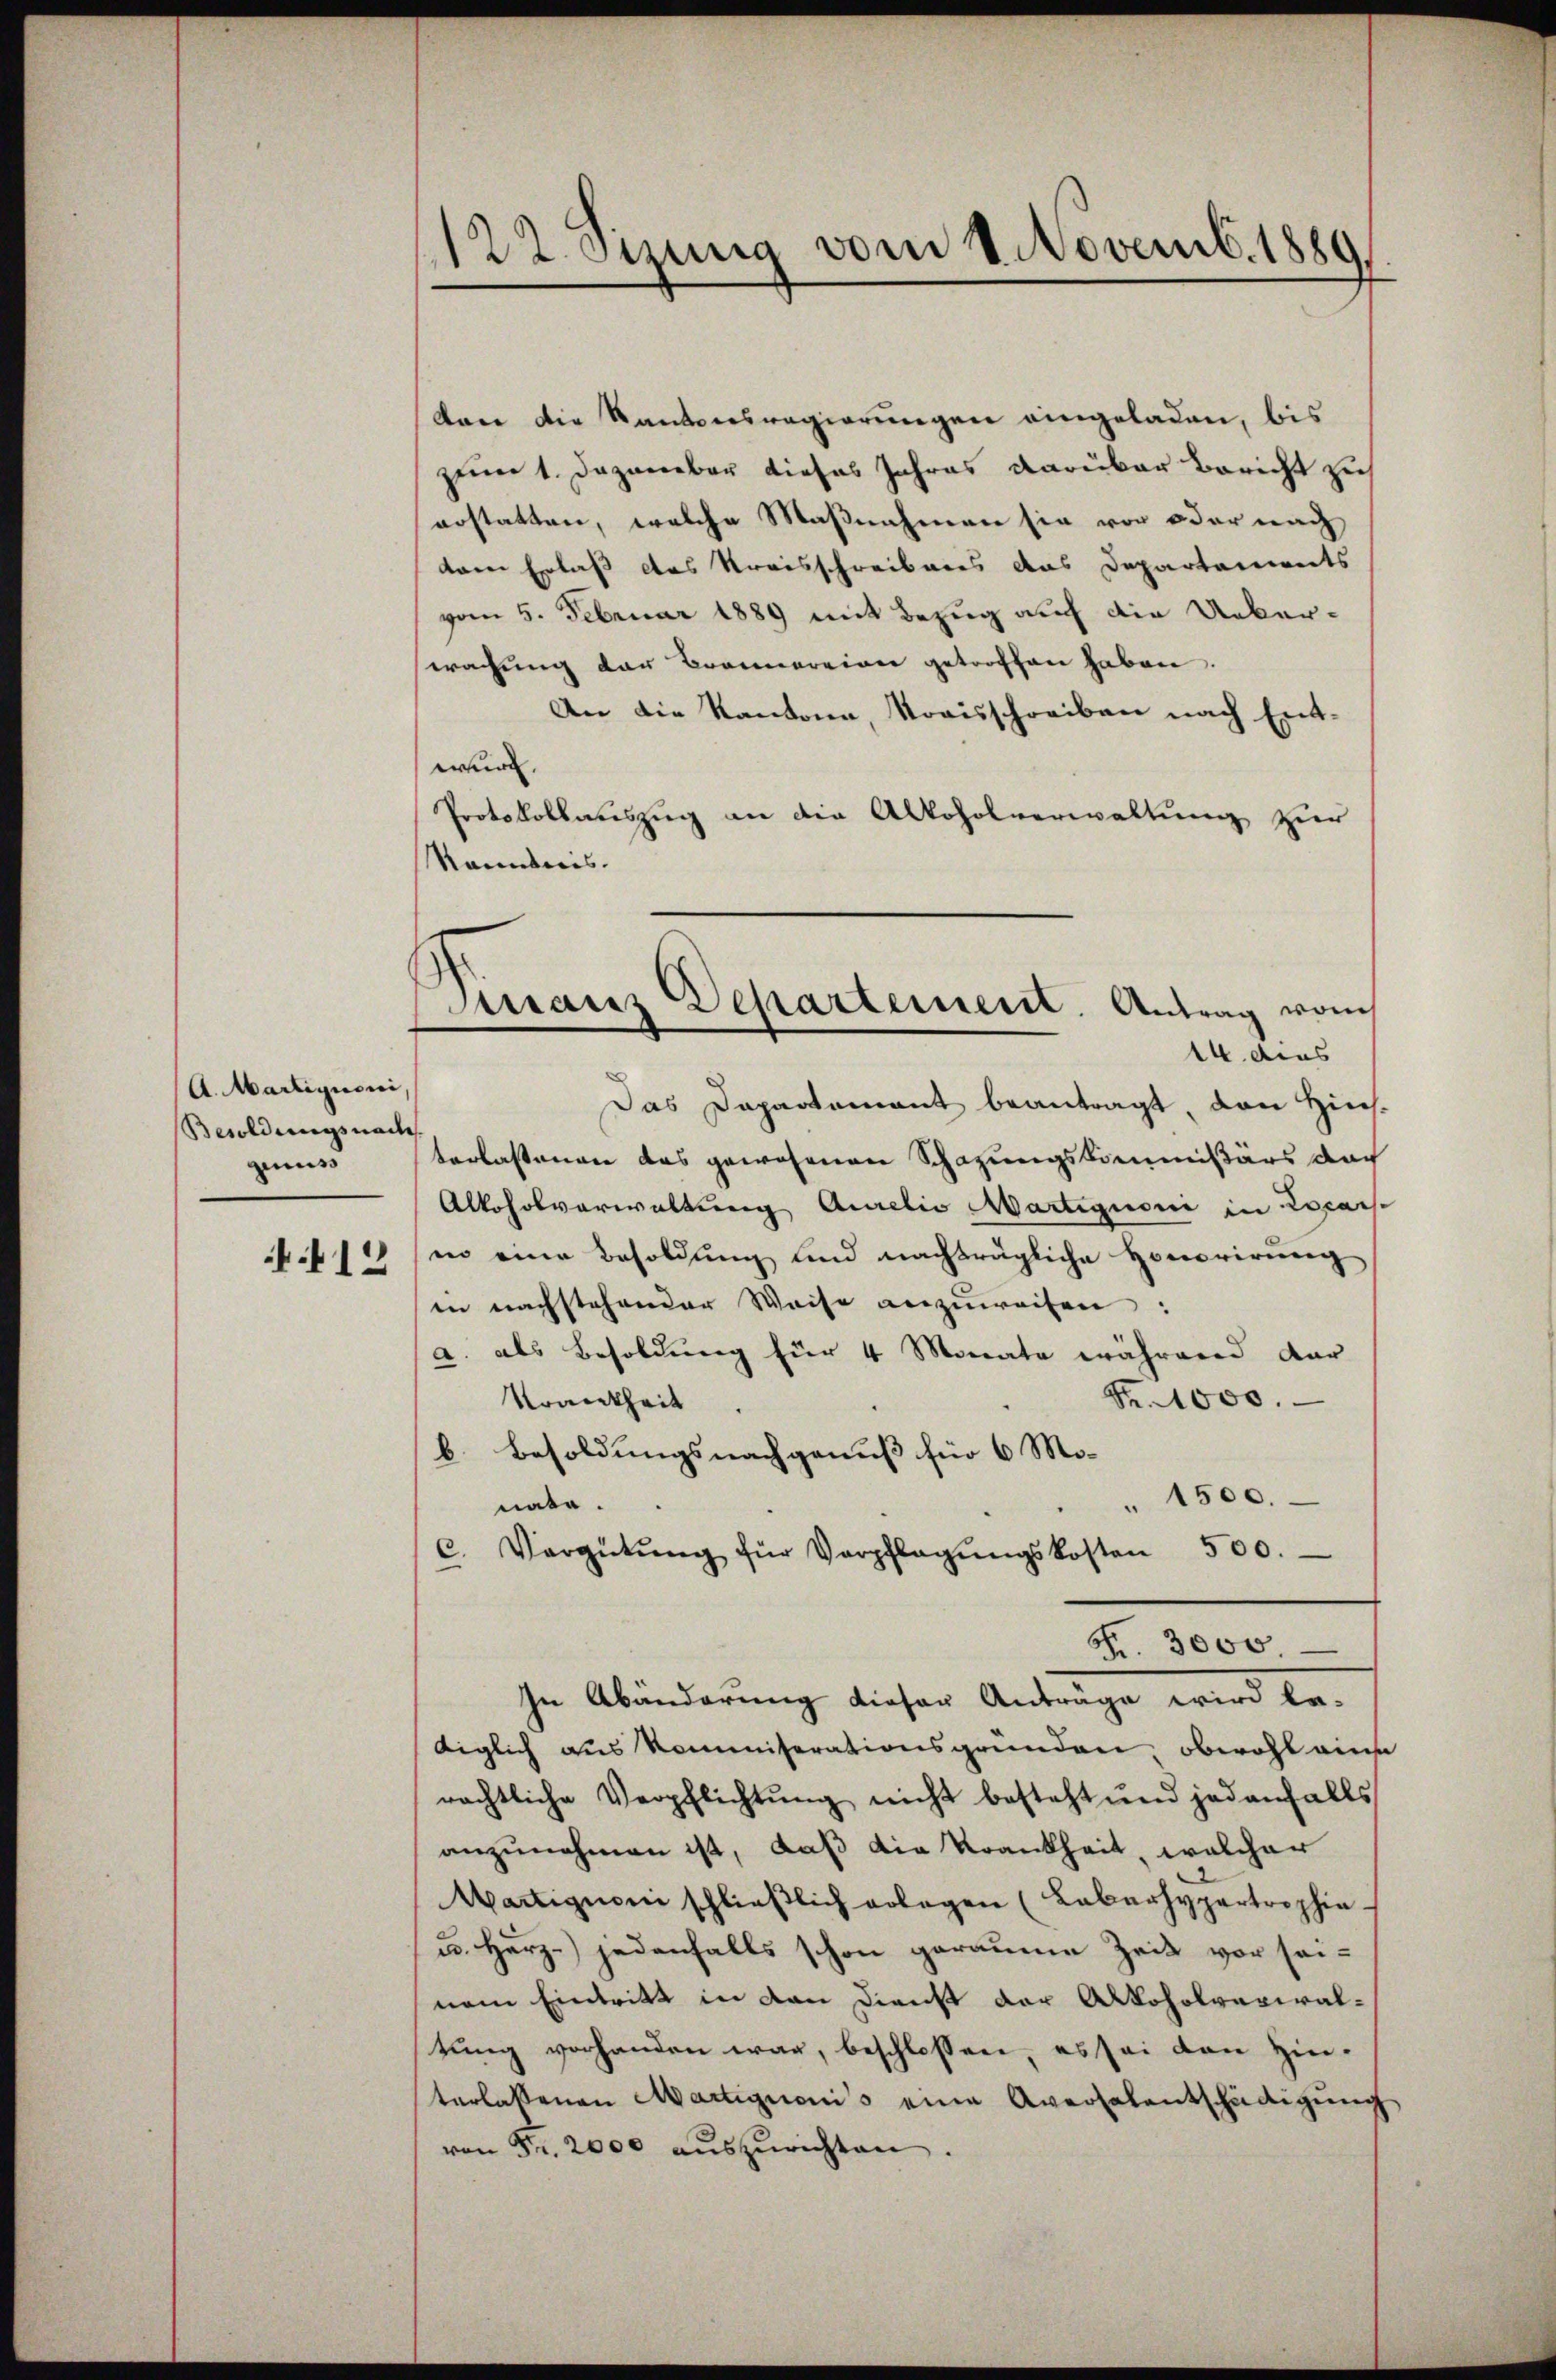
A. Martignoni
Besoldungsnach
giss
412

122. Stung vom 1. Novemb. 1889.

kan die Kantonsregierungen eingeladen, bis
zum 1. Dezember dieses Jahres darüber Bericht zu
erstatten, welche Maßnahmen sie vor oder nach
kann Erlaß das Kreisschreibares das Departements
vom 5. Februar 1889 mit Bezug auf die Ueberwahung der Bronnereien getroffen haben.
An die Kantone, Kovisschreiben nach Entwurd.
Protokollauszug an die Alkoholverwaltung zur
kanntnis.
Das Departement beantragt, den Hinsterlassenen das gewesenen Schazungskommißärs doch
Alkoholverwaltung Aurelis Martiguoni in Locars
in eine Besoldŭng und nachträgliche Honorirŭng
in nachstehender Weise anzuweisen:
a. als Besoldung für 4 Monate während dar
S. 1000.
Krankheit
b. Besoldungsnachgenuß für 6 Mo-
" 1500.
nate.
c. Vergütŭng für Verpflegŭngskosten 500.
Nr. 3000.
In Abänderung dieser Anträge wird be-
diglich aus Kommiserationsgrunden, obwohl eine
rächtliche Verpflichtŭng nicht besteht und jedenfalls
anzunehmen ist, daß die Krankheit, welcher
Martignon schlieβlich erlegen (Labarhypartrophie
u. Herz-) jedenfalls schon geraume Zeit vor seinem Eintritt in dan Dienst der Alkoholverwaltung vorhanden war, beschlossen, es sei von Hin-
terlassenen Martignonis eine Aversalentschädigŭng
von Fr. 2000 auszurichten.

Manz Departement. Antrag vom
14. dies